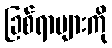
ခြစ်ရာများကို